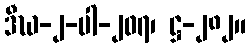
ဒီဃ-၂-ပါ-၂၀၇၊ ဋ္ဌ-၂၈၂။